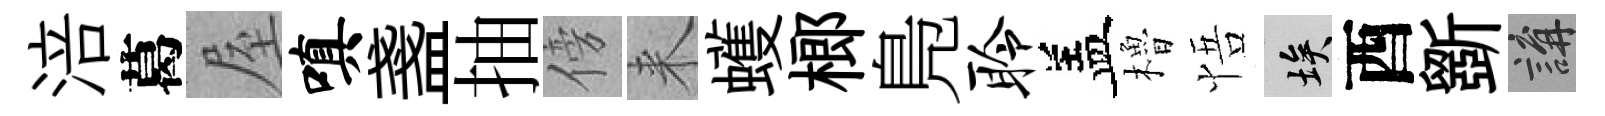
涪葛屋嗔盞抽傍来蠖榔鳬聆盖櫓悟埃酉斵講